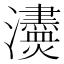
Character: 𤄼